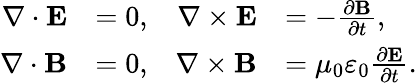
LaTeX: {\begin{array}{rlrl}{\nabla\cdot\mathbf{E}}&{=0,}&{\nabla\times\mathbf{E}}&{=-{\frac{\partial\mathbf{B}}{\partial t}},}\\ {\nabla\cdot\mathbf{B}}&{=0,}&{\nabla\times\mathbf{B}}&{=\mu_{0}\varepsilon_{0}{\frac{\partial\mathbf{E}}{\partial t}}.}\end{array}}